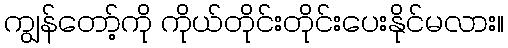
ကျွန်တော့်ကို ကိုယ်တိုင်းတိုင်းပေးနိုင်မလား။